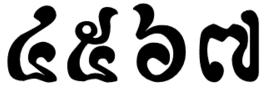
៤៥៦៧